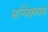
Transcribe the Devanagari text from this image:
सन्धिप्रकाश